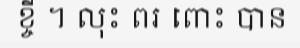
ខ្ចី ។ លុះ ពរ ពោះ បាន